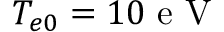
T _ { e 0 } = 1 0 \mathrm { ~ e ~ V ~ }